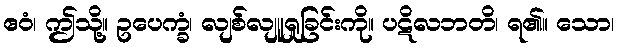
ဧဝံ၊ ဤသို့။ ဥပေက္ခံ၊ လျစ်လျူရှုခြင်းကို။ ပဋိလဘတိ၊ ရ၏။ သော၊